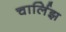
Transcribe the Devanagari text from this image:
चार्लिझ